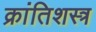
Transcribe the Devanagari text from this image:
क्रांतिशस्त्र